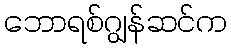
ဘောရစ်ဂျွန်ဆင်က